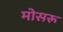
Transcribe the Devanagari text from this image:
मोसरू